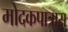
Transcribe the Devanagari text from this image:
मोदकपात्रास